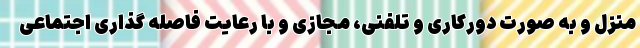
منزل و به صورت دورکاری و تلفنی، مجازی و با رعایت فاصله گذاری اجتماعی